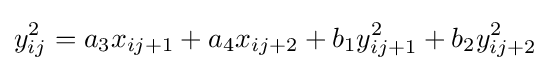
y_{ij}^{2}=a_{3}x_{ij+1}+a_{4}x_{ij+2}+b_{1}y_{ij+1}^{2}+b_{2}y_{ij+2}^{2}